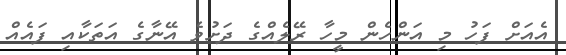
އެއަށް ފަހު މި އަންހެން މީހާ ރޭލެއްގެ ދަށުވެ އޭނާގެ އަތަކާއި ފައެއް